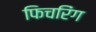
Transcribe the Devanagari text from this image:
फिचरिंग